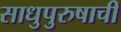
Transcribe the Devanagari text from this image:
साधुपुरुषाची